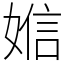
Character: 㜃